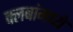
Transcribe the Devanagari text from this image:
क्लबांमध्ये